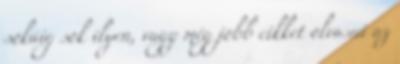
sokáig sok ilyen, vagy még jobb cikket olvasni az